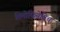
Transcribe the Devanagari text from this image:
तिमोफियेविच